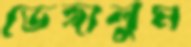
ভেঙ্গালুম